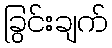
ခြွင်းချက်